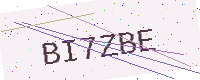
Text: BI7ZBE